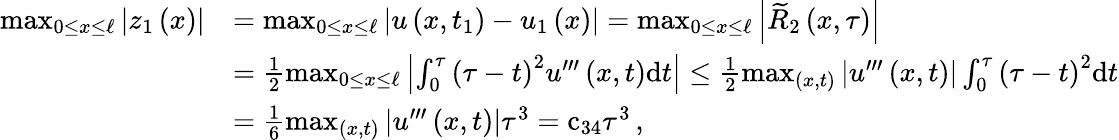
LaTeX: \begin{array}{rl}{\operatorname*{max}_{0\leq x\leq\ell}\left|{z}_{1}\left(x\right)\right|}&{=\operatorname*{max}_{0\leq x\leq\ell}\left|{u}\left(x,{t}_{1}\right)-{u}_{1}\left(x\right)\right|=\operatorname*{max}_{0\leq x\leq\ell}\left|{\widetilde R}_{2}\left(x,{\tau}\right)\right|}\\ &{=\frac{1}{2}\operatorname*{max}_{0\leq x\leq\ell}\left|\int_{0}^{{\tau}}{{\left({\tau}-t\right)}^{2}{u}^{{\prime}{\prime}{\prime}}\left(x,t\right)}{\mathrm{d}t}\right|\leq\frac{1}{2}\operatorname*{max}_{\left(x,t\right)}\left|{u}^{{\prime}{\prime}{\prime}}\left(x,t\right)\right|\int_{0}^{{\tau}}{{\left({\tau}-t\right)}^{2}}{\mathrm{d}t}}\\ &{=\frac{1}{6}\operatorname*{max}_{\left(x,t\right)}\left|{u}^{{\prime}{\prime}{\prime}}\left(x,t\right)\right|{\tau}^{3}={\mathrm{c}}_{34}{\tau}^{3}\, ,}\end{array}